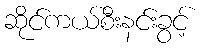
ဆိုင်ကယ်စီးနင်းခွင့်